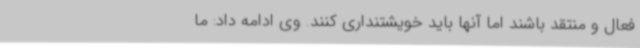
فعال و منتقد باشند اما آنها باید خویشتنداری کنند. وی ادامه داد: ما